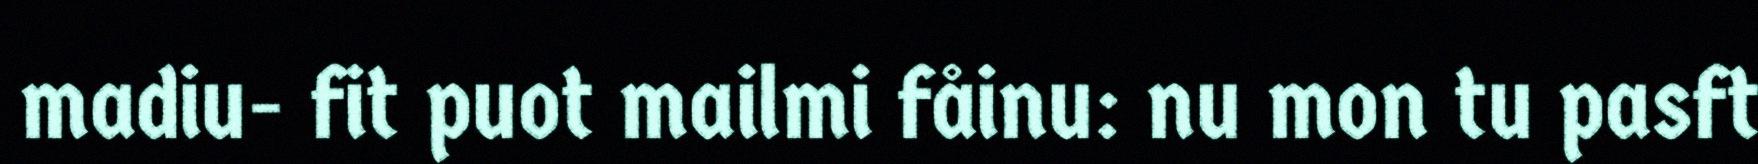
madiu- fit puot mailmi fåinu: nu mon tu pasft